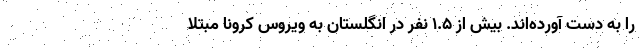
را به دست آورده‌اند. بیش از 1.5 نفر در انگلستان به ویروس کرونا مبتلا